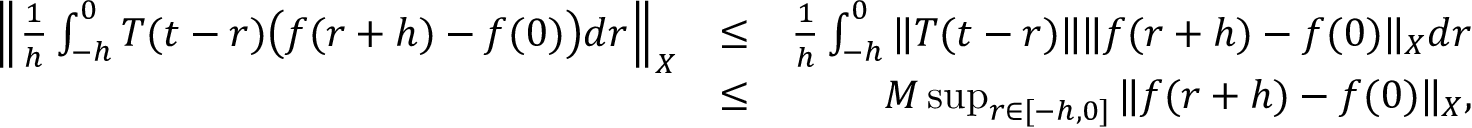
\begin{array} { r l r } { \Big \| \frac { 1 } { h } \int _ { - h } ^ { 0 } T ( t - r ) \big ( f ( r + h ) - f ( 0 ) \big ) d r \Big \| _ { X } } & { \leq } & { \frac { 1 } { h } \int _ { - h } ^ { 0 } \| T ( t - r ) \| \| f ( r + h ) - f ( 0 ) \| _ { X } d r } \\ & { \leq } & { M \operatorname* { s u p } _ { r \in [ - h , 0 ] } \| f ( r + h ) - f ( 0 ) \| _ { X } , } \end{array}